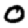
Digit: 0